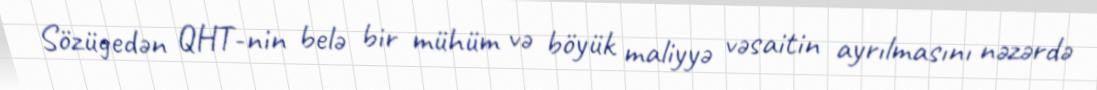
Sözügedən QHT-nin belə bir mühüm və böyük maliyyə vəsaitin ayrılmasını nəzərdə